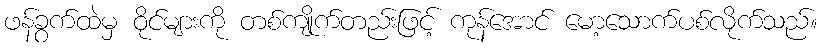
ဖန်ခွက်ထဲမှ ဝိုင်များကို တစ်ကျိုက်တည်းဖြင့် ကုန်အောင် မော့သောက်ပစ်လိုက်သည်။